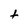
Character: t